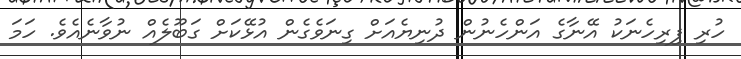
ހުރި ފިރިހެނަކު އޭނާގެ އަންހެނުން ދުނިޔެއަށް ގިނަވެގެން އުޅޭކަށް ގަބޫލެއް ނުވާނެއެވެ. ހަމަ